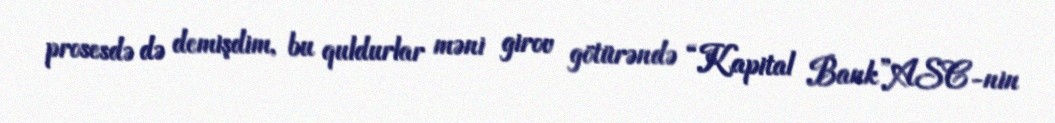
prosesdə də demişdim, bu quldurlar məni girov götürəndə “Kapital Bank”ASC-nin